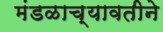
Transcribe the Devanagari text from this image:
मंडळाच्यावतीने